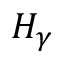
H _ { \gamma }